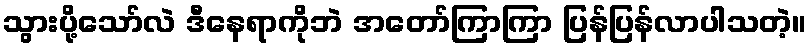
သွားပို့သော်လဲ ဒီနေရာကိုဘဲ အတော်ကြာကြာ ပြန်ပြန်လာပါသတဲ့။